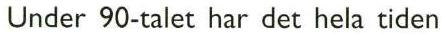
Under 90-talet har det hela tiden